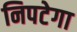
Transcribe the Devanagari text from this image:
निपटेगा